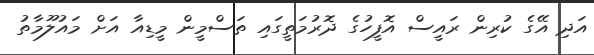
އަދި އޭގެ ކުރިން ރައީސް އޮފީހުގެ ދޮރުމަތީގައި ތަސްމީން މީޑިއާ އަށް މައުލޫމާތު